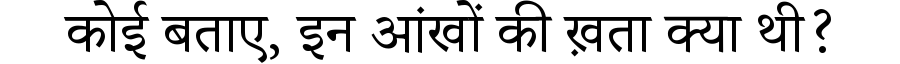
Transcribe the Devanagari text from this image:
कोई बताए, इन आंखों की ख़ता क्या थी?